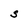
Character: S